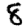
Digit: 8